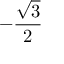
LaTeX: - { \frac { \sqrt { 3 } } { 2 } }